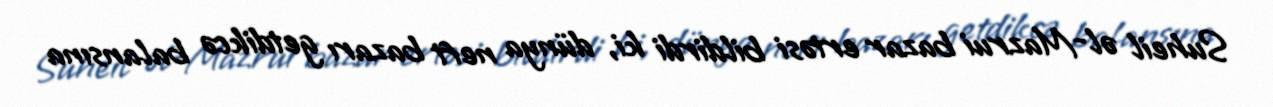
Suheil əl-Mazrui bazar ertəsi bildirdi ki, dünya neft bazarı getdikcə balansına